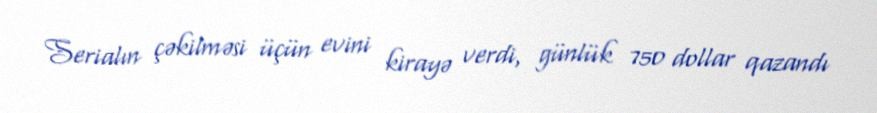
Serialın çəkilməsi üçün evini kirayə verdi, günlük 750 dollar qazandı